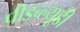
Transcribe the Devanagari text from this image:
पीडब्‍ल्‍यूडी